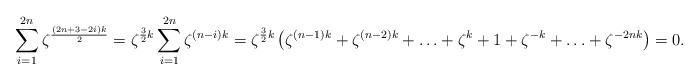
LaTeX: \begin{align*} \sum_{i=1}^{2n} \zeta^{\frac{(2n+3-2i)k}{2}}&= \zeta^{\frac{3}{2}k}\sum_{i=1}^{2n} \zeta^{ (n-i)k }= \zeta^{\frac{3}{2}k}\left( \zeta^{ (n-1)k }+\zeta^{ (n-2)k }+\ldots +\zeta^k+1+\zeta^{-k}+\ldots+ \zeta^{-2nk}\right)=0. \end{align*}